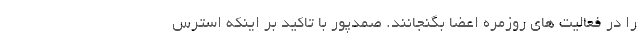
را در فعالیت های روزمره اعضا بگنجانند. صمدپور با تاکید بر اینکه استرس